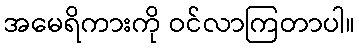
အမေရိကားကို ဝင်လာကြတာပါ။